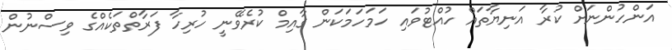
އަންހުންނަށް ކުރާ އަނިޔާތައް ހުއްޓުވައި ހަމަހަމަކަން ގާއިމް ކުރެވޭނީ ހުރިހާ ފަރާތްތަކެއްގެ ވިސްނުން